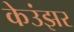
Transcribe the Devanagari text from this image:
केउंझर